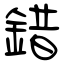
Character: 錯